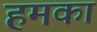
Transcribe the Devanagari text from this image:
हमका